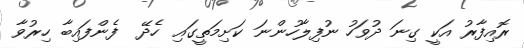
ރޮއިފާރު އަކީ ގިނަ ދުވަހު ނުފިލާހުންނަ ކަށިމަތީގައި ހެދޭ  ފެންފައިބާ ހިރުވާ